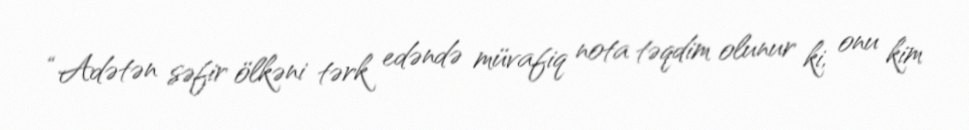
“Adətən səfir ölkəni tərk edəndə müvafiq nota təqdim olunur ki, onu kim